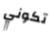
تكوني